Vaccination in Bombay 1902-1912 - 1902-1912
Year: 1902
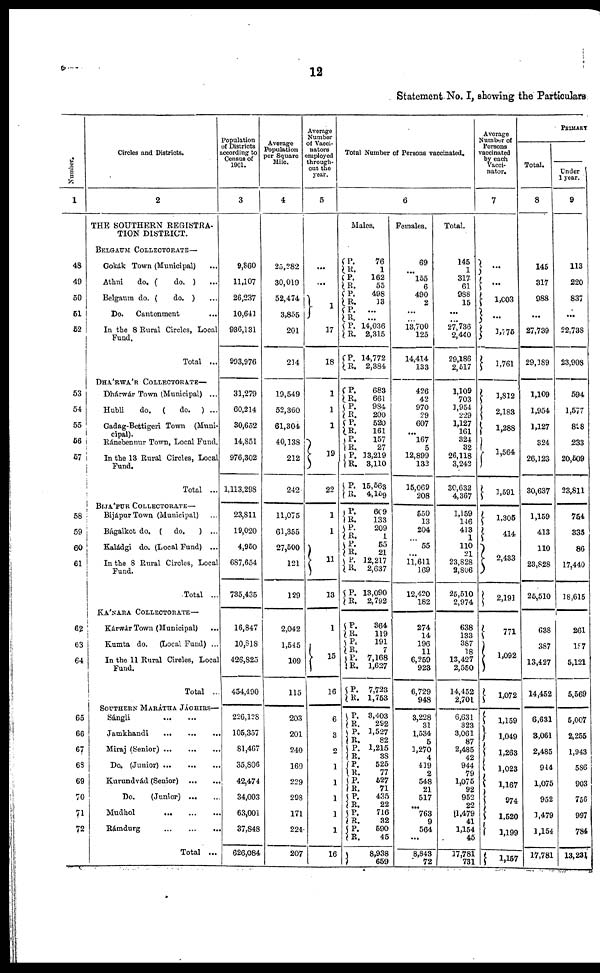
12
Statement. No. I, showing the Particulars
Number.
1
48
49
50
51
52
53
54
55
56
57
58
59
60
61
62
63
64
65
66
67
63
69
70
71
72
Circles and Districts.
2
THE SOUTHERN REGISTRA-
TION DISTRICT.
BELGUM COLLECTORATE—
Gokák Town (Municipal) ...
Athni
do. (
do. ) ...
Belgaum do. (
do. ) ...
Do.
Cantonment ...
In the 8 Rural Circles, Local
Fund,
Total ...
DHÁRWÁR COLLECTORATE—
Dhárwár Town (Municipal) ...
Hubli
do. (
do. ) ...
Gadag-Bettigeri Town (Muni¬
capital).
Ránebennur Town, Local Fund.
In the 13 Rural Circles, Local
Fund.
Total ...
BIJÁPUR COLLECTORATE—
BijápurTown (Municipal) ...
Bágalkot do. ( do.
) ...
Kaládgi do. (Local Fund) ...
In the 8 Rural Circles, Local
Fund.
Total ...
KÁNARA COLLECTORATE—
Kárwár Town (Municipal) ...
Kumta do. (Local Fund) ...
In the 11 Rural Circles, Local
Fund.
Total ...
SOUTHERN MARÁTHA JÁGHIRS—
Sángli
...
...
Jamkhandi
...
...
...
Miraj (Senior)
...
...
...
Do. (Junior)
...
...
...
Kurundvád (Senior)
...
...
Do.
(Junior)
...
...
Mudhol
...
...
...
Rámdurg
...
...
...
Total ...
Population
of Districts
according to
Census of
1901.
3
9,860
11,107
26,237
10,641
936,131
993,976
31,279
60,214
30,652
14,851
976,302
1,113,298
23,811
19,020
4,950
687,654
735,435
16,847
10,818
426, 825
454,190
226,128
105,357
81,467
35,806
42,474
34,003
63,001
37,848
626,084
Average
Population
per Square
Mile.
4
25,282
30,019
52,474
3,855
201
214
19,549
52,360
61,304
40,138
212
242
11,075
61,355
27,500
121
129
2,042
1,545
109
115
203
201
240
169
229
298
171
224
207
Average
Number
of Vacci¬
nators
employed
through-
out the
year.
5
...
...
1
17
18
1
1
1
19
22
1
1
11
13
1
15
16
6
3
2
1
1
1
1
1
Total Number of Persons vaccinated.
6
Males.
P.
R.
P.
R.
P.
R.
P.
R.
P.
R.
P.
R.
P.
R.
P.
R.
P.
R.
P.
R.
P.
R.
P.
R.
P.
R.
P.
R.
P.
R.
P.
R.
P.
R.
P.
R.
P.
R.
P.
R.
P.
R.
P.
R.
P.
R.
P.
R.
P. R.
P.
R.
P.
R.
P.
R.
P.
R.
16
76
1
162
55
498
13
... ...
14,036
2,315
14,772
2,384
683
661
984
200
520
161
157
27
13,219
3,110
15,563
4,159
609
133
209
1
55
21
12,217
2,637
13,090
2,792
364
119
191
7
7,168
1,627
7,723
1,753
3,403
292
1,527
82
1,215
38
525
77
527
71
435
22
716
32
590
45
8,938
659
Females.
69
...
155
6
490
2
...
...
13,700
125
14 414
133
426
42
970
29
607
...
167
5
12,899
132
15,069
208
550
13
204
...
55
11 611
169
12,420
182
274
14
196
11
6,259
923
6,729
948
3,228
31
1,534
5
1,270
4
419
2
548
21
517
...
763
9
564
...
8,843
72
Total.
145
1
317
61
988
15
...
...
27,736
2,440
29,186
2,517
1,109
703
1,954
229
1,127
161
324
32
26,118
3,242
30,632
4,367
1,159
146
413
1
110
21
23,828
2,806
25,510
2,974
638
133
387
18
13,427
2,550
14,452
2,701
6,631
323
3,061
87
2,485
42
944
79
1,075
92
952
22
1,479
41
1,154
45
17,781
731
Average
Number of
Persons
vaccinated
by each
Vacci¬
nator.
7
...
...
1,003
...
1,775
1,761
1,812
2,183
1,288
1,564
1,591
1,305
414
2,433
2,191
771
1,092
1,072
1,159
1,049
1,263
1,023
1,167
974
1,520
1,199
1,157
PRIMARY
Total.
8
145
317
988
...
27,739
29,189
1,109
1,954
1,127
324
26,123
30,637
1,159
413
110
23,828
25,510
638
387
13,427
14,452
6,631
3,061
2,485
914
1,075
952
1,479
1,154
17,781
Under
1 year.
9
113
220
837
...
22,738
23,908
594
1,577
898
233
20,509
23,811
754
335
86
17,440
18,615
261
187
5,121
5,569
5,007
2,255
1,943
586
903
756
997
784
13,231